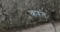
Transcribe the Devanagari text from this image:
कऱते